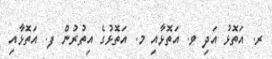
ރ. އަތޮޅު އަދި ވ. އަތޮޅާއި މ. އަތޮޅުގެ އިތުރުން ފ. އަތޮޅާއި